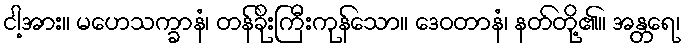
ငါ့အား။ မဟေသက္ခာနံ၊ တန်ခိုးကြီးကုန်သော။ ဒေဝတာနံ၊ နတ်တို့၏။ အန္တရေ၊